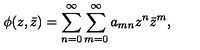
\phi ( z , \bar { z } ) = \sum _ { n = 0 } ^ { \infty } \sum _ { m = 0 } ^ { \infty } a _ { m n } z ^ { n } \bar { z } ^ { m } ,